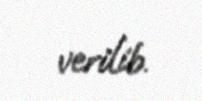
verilib.